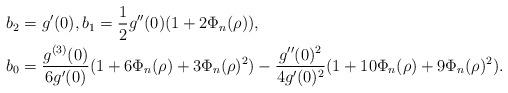
LaTeX: \begin{align*}\begin{aligned}& b_2 = g^{ \prime } ( 0 ) , b_1 = \frac{ 1 }{ 2 } g^{ \prime \prime } (0) ( 1 + 2 \Phi_n (\rho) ) , \\& b_0 = \frac{g^{(3)}(0)}{6g^\prime(0)}(1 + 6\Phi_n(\rho) + 3\Phi_n(\rho)^2) - \frac{ g^{ \prime \prime } (0)^2 }{ 4g^\prime(0)^2 } (1 + 10 \Phi_n(\rho) + 9\Phi_n(\rho)^2) .\end{aligned}\end{align*}